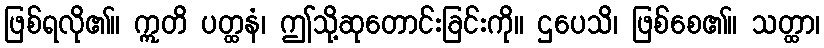
ဖြစ်ရလို၏။ ဣတိ ပတ္ထနံ၊ ဤသို့ဆုတောင်းခြင်းကို။ ဌပေသိ၊ ဖြစ်စေ၏။ သတ္ထာ၊